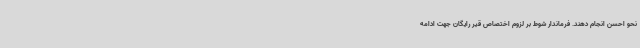
نحو احسن انجام دهند. فرماندار شوط بر لزوم اختصاص قیر رایگان جهت ادامه